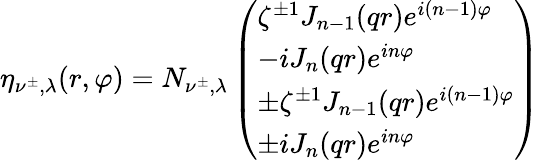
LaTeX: \eta_{\nu^{\pm},\lambda}(r,\varphi)=N_{\nu^{\pm},\lambda}\left(\begin{array}{l}{{\zeta^{\pm 1}J_{n-1}(qr)e^{i(n-1)\varphi}}}\\ {{-iJ_{n}(qr)e^{in\varphi}}}\\ {{\pm\zeta^{\pm 1}J_{n-1}(qr)e^{i(n-1)\varphi}}}\\ {{\pm iJ_{n}(qr)e^{in\varphi}}}\end{array}\right)